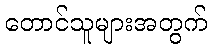
တောင်သူများအတွက်